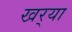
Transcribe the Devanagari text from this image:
खर्‍या